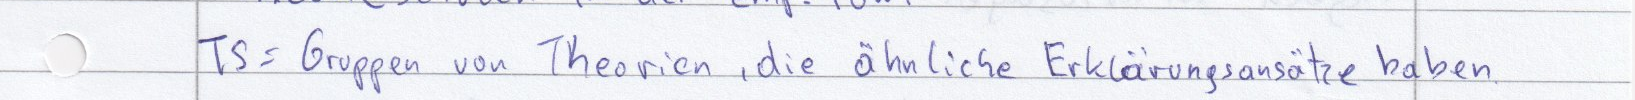
TS = Gruppen von Theorien, die ähnliche Erklärungsansätze haben